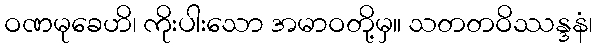
ဝဏမုခေဟိ၊ ကိုးပါးသော အမာဝတို့မှ။ သတတဝိဿန္ဒနံ၊